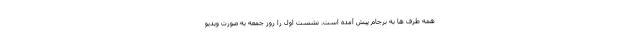
همه طرف ها به برجام پیش آمده است. نشست اول را روز جمعه به صورت ویدیو